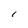
Character: r